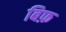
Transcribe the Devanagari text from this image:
बिफ़